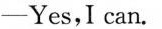
—Yes,I can.